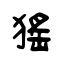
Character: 猺